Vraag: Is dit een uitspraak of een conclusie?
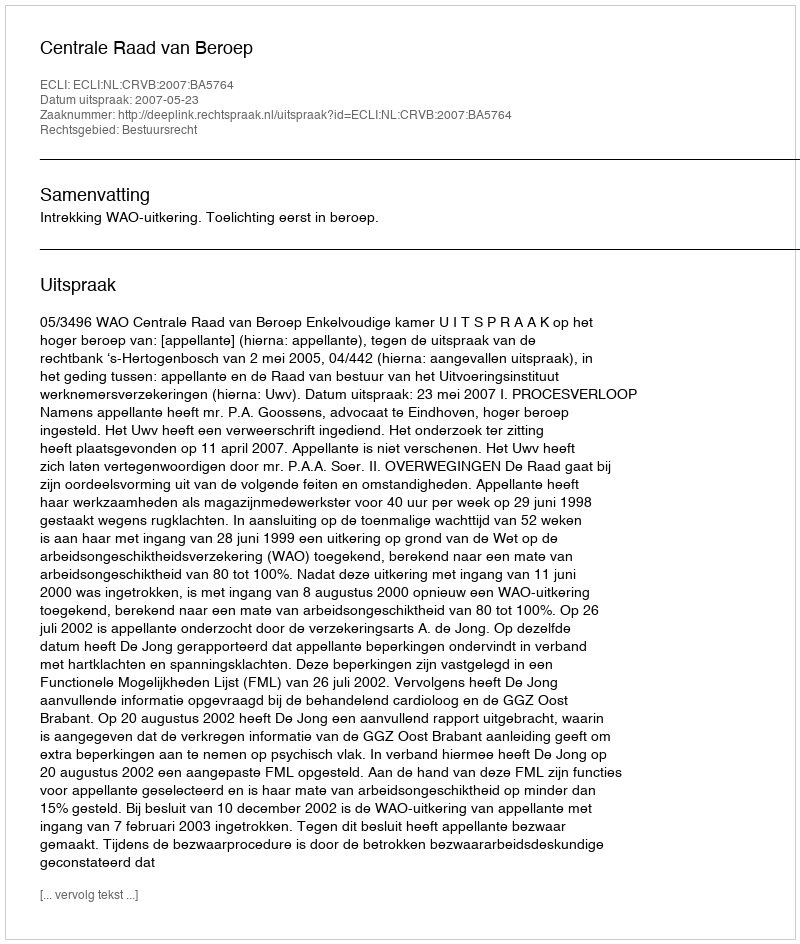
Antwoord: Uitspraak